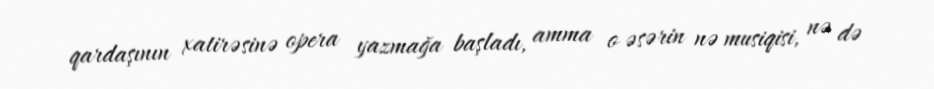
qardaşının xatirəsinə opera yazmağa başladı, amma o əsərin nə musiqisi, nə də